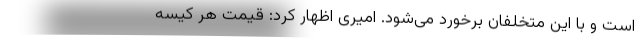
است و با این متخلفان برخورد می‌شود. امیری اظهار کرد: قیمت هر کیسه